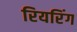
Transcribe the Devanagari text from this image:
रियरिंग